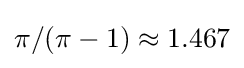
\pi /(\pi -1)\approx 1.467